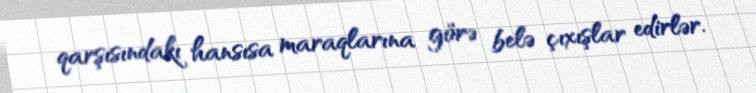
qarşısındakı hansısa maraqlarına görə belə çıxışlar edirlər.